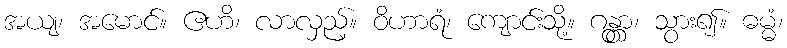
အယျ၊ အမောင်။ ဧဟိ၊ လာလှည့်။ ဝိဟာရံ၊ ကျောင်းသို့။ ဂန္တွာ၊ သွား၍။ ဓမ္မံ၊